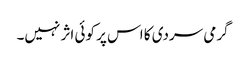
گرمی سردی کا اس پر کوئی اثر نہیں۔